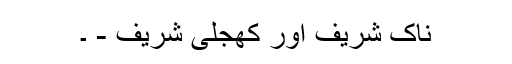
ناک شریف اور کھجلی شریف - ۔